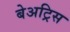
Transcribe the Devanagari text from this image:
बेअट्रिस